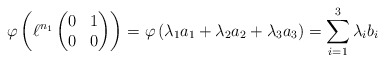
\begin{align*}\varphi\left( \ell^{n_1} \left( \begin{matrix} 0 & 1 \\ 0 & 0 \end{matrix} \right)\right) = \varphi\left(\lambda_1 a_1+\lambda_2 a_2+\lambda_3 a_3 \right) = \sum_{i=1}^3 \lambda_i b_i\end{align*}